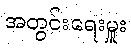
အတွင်းရေးမှူး